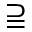
\supseteqq